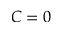
C = 0